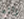
رائع